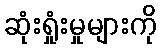
ဆုံးရှုံးမှုများကို